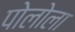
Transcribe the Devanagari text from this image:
पोलोला